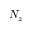
N _ { z }